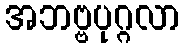
အဘဗ္ဗပုဂ္ဂလာ